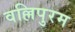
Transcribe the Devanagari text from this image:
वल्लिपुरम